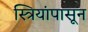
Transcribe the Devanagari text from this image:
स्त्रियांपासून